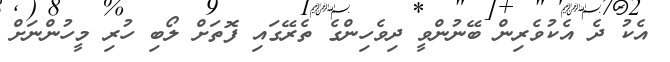
އެކު ދެ އެކުވެރިން ބޭނުންވީ ދިވެހިންގެ ތެރޭގައި ފޮތަށް ލޯބި ހުރި މީހުންނަަށް